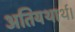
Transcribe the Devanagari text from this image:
अतियथार्थ।